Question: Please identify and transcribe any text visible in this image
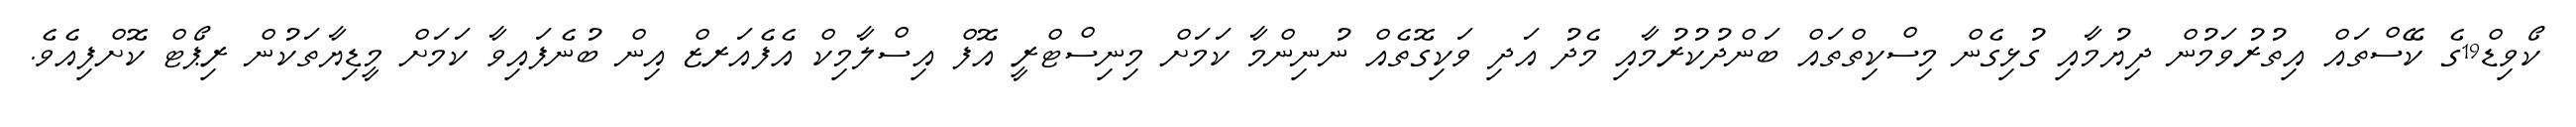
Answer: ކޯވިޑް19ގެ ކޭސްތައް އިތުރުވަމުން ދިޔުމާއި ގުޅިގެން މިސްކިތްތައް ބަންދުކުރުމާއި މެދު އަދި ވަކިގޮތެއް ނުނިންމާ ކަމަށް މިނިސްޓްރީ އޮފް އިސްލާމިކް އެފެއަރޒް އިން ބުނެފައިވާ ކަމަށް މީޑިޔާތަކުން ރިޕޯޓް ކޮށްފިއެވެ.